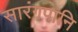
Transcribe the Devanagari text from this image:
सारंगपानि